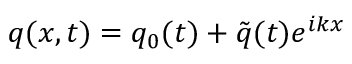
q ( x , t ) = q _ { 0 } ( t ) + \tilde { q } ( t ) e ^ { i k x }